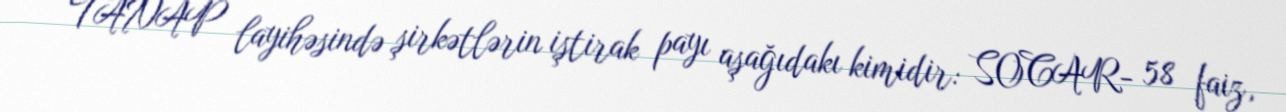
TANAP layihəsində şirkətlərin iştirak payı aşağıdakı kimidir: SOCAR- 58 faiz,